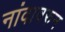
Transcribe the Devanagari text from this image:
नांवावरुन